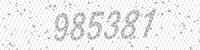
Solution: 985381